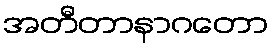
အတီတာနာဂတော